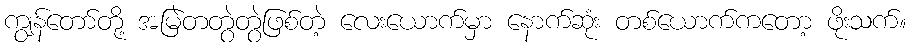
ကျွန်တော်တို့ အမြဲတတွဲတွဲဖြစ်တဲ့ လေးယောက်မှာ နောက်ဆုံး တစ်ယောက်ကတော့ ဖိုးသက်။